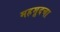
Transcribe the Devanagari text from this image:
महमूदचा